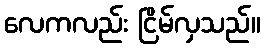
လေကလည်း ငြိမ်လှသည်။